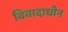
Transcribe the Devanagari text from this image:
विवादाधीन